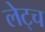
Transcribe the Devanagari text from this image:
लेट्च